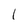
Character: l